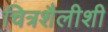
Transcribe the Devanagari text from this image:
चित्रशैलीशी